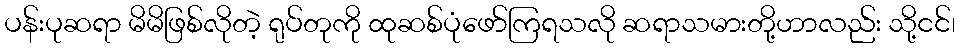
ပန်းပုဆရာ မိမိဖြစ်လိုတဲ့ ရုပ်တုကို ထုဆစ်ပုံဖော်ကြရသလို ဆရာသမားတို့ဟာလည်း သို့ငင်၊